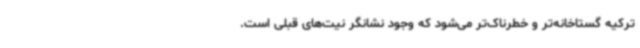
ترکیه گستاخانه‌تر و خطرناک‌تر می‌شود که وجود نشانگر نیت‌های قبلی است.